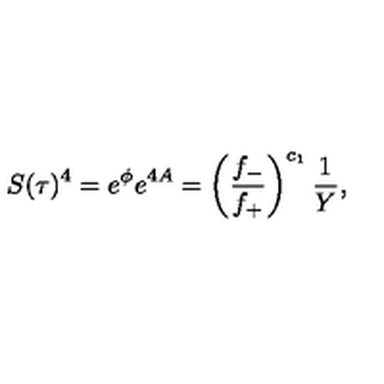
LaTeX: S ( \tau ) ^ { 4 } = e ^ { \phi } e ^ { 4 A } = \left( \frac { f _ { - } } { f _ { + } } \right) ^ { c _ { 1 } } \frac { 1 } { Y } ,